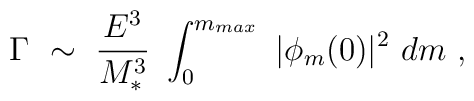
\Gamma ~\sim ~{E^3 \over M_*^3}~\int_0^{m_{max}} ~|\phi_m(0)|^2 ~dm~,